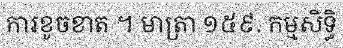
ការខូចខាត ។ មាត្រា ១៥៩. កម្មសិទ្ធិ